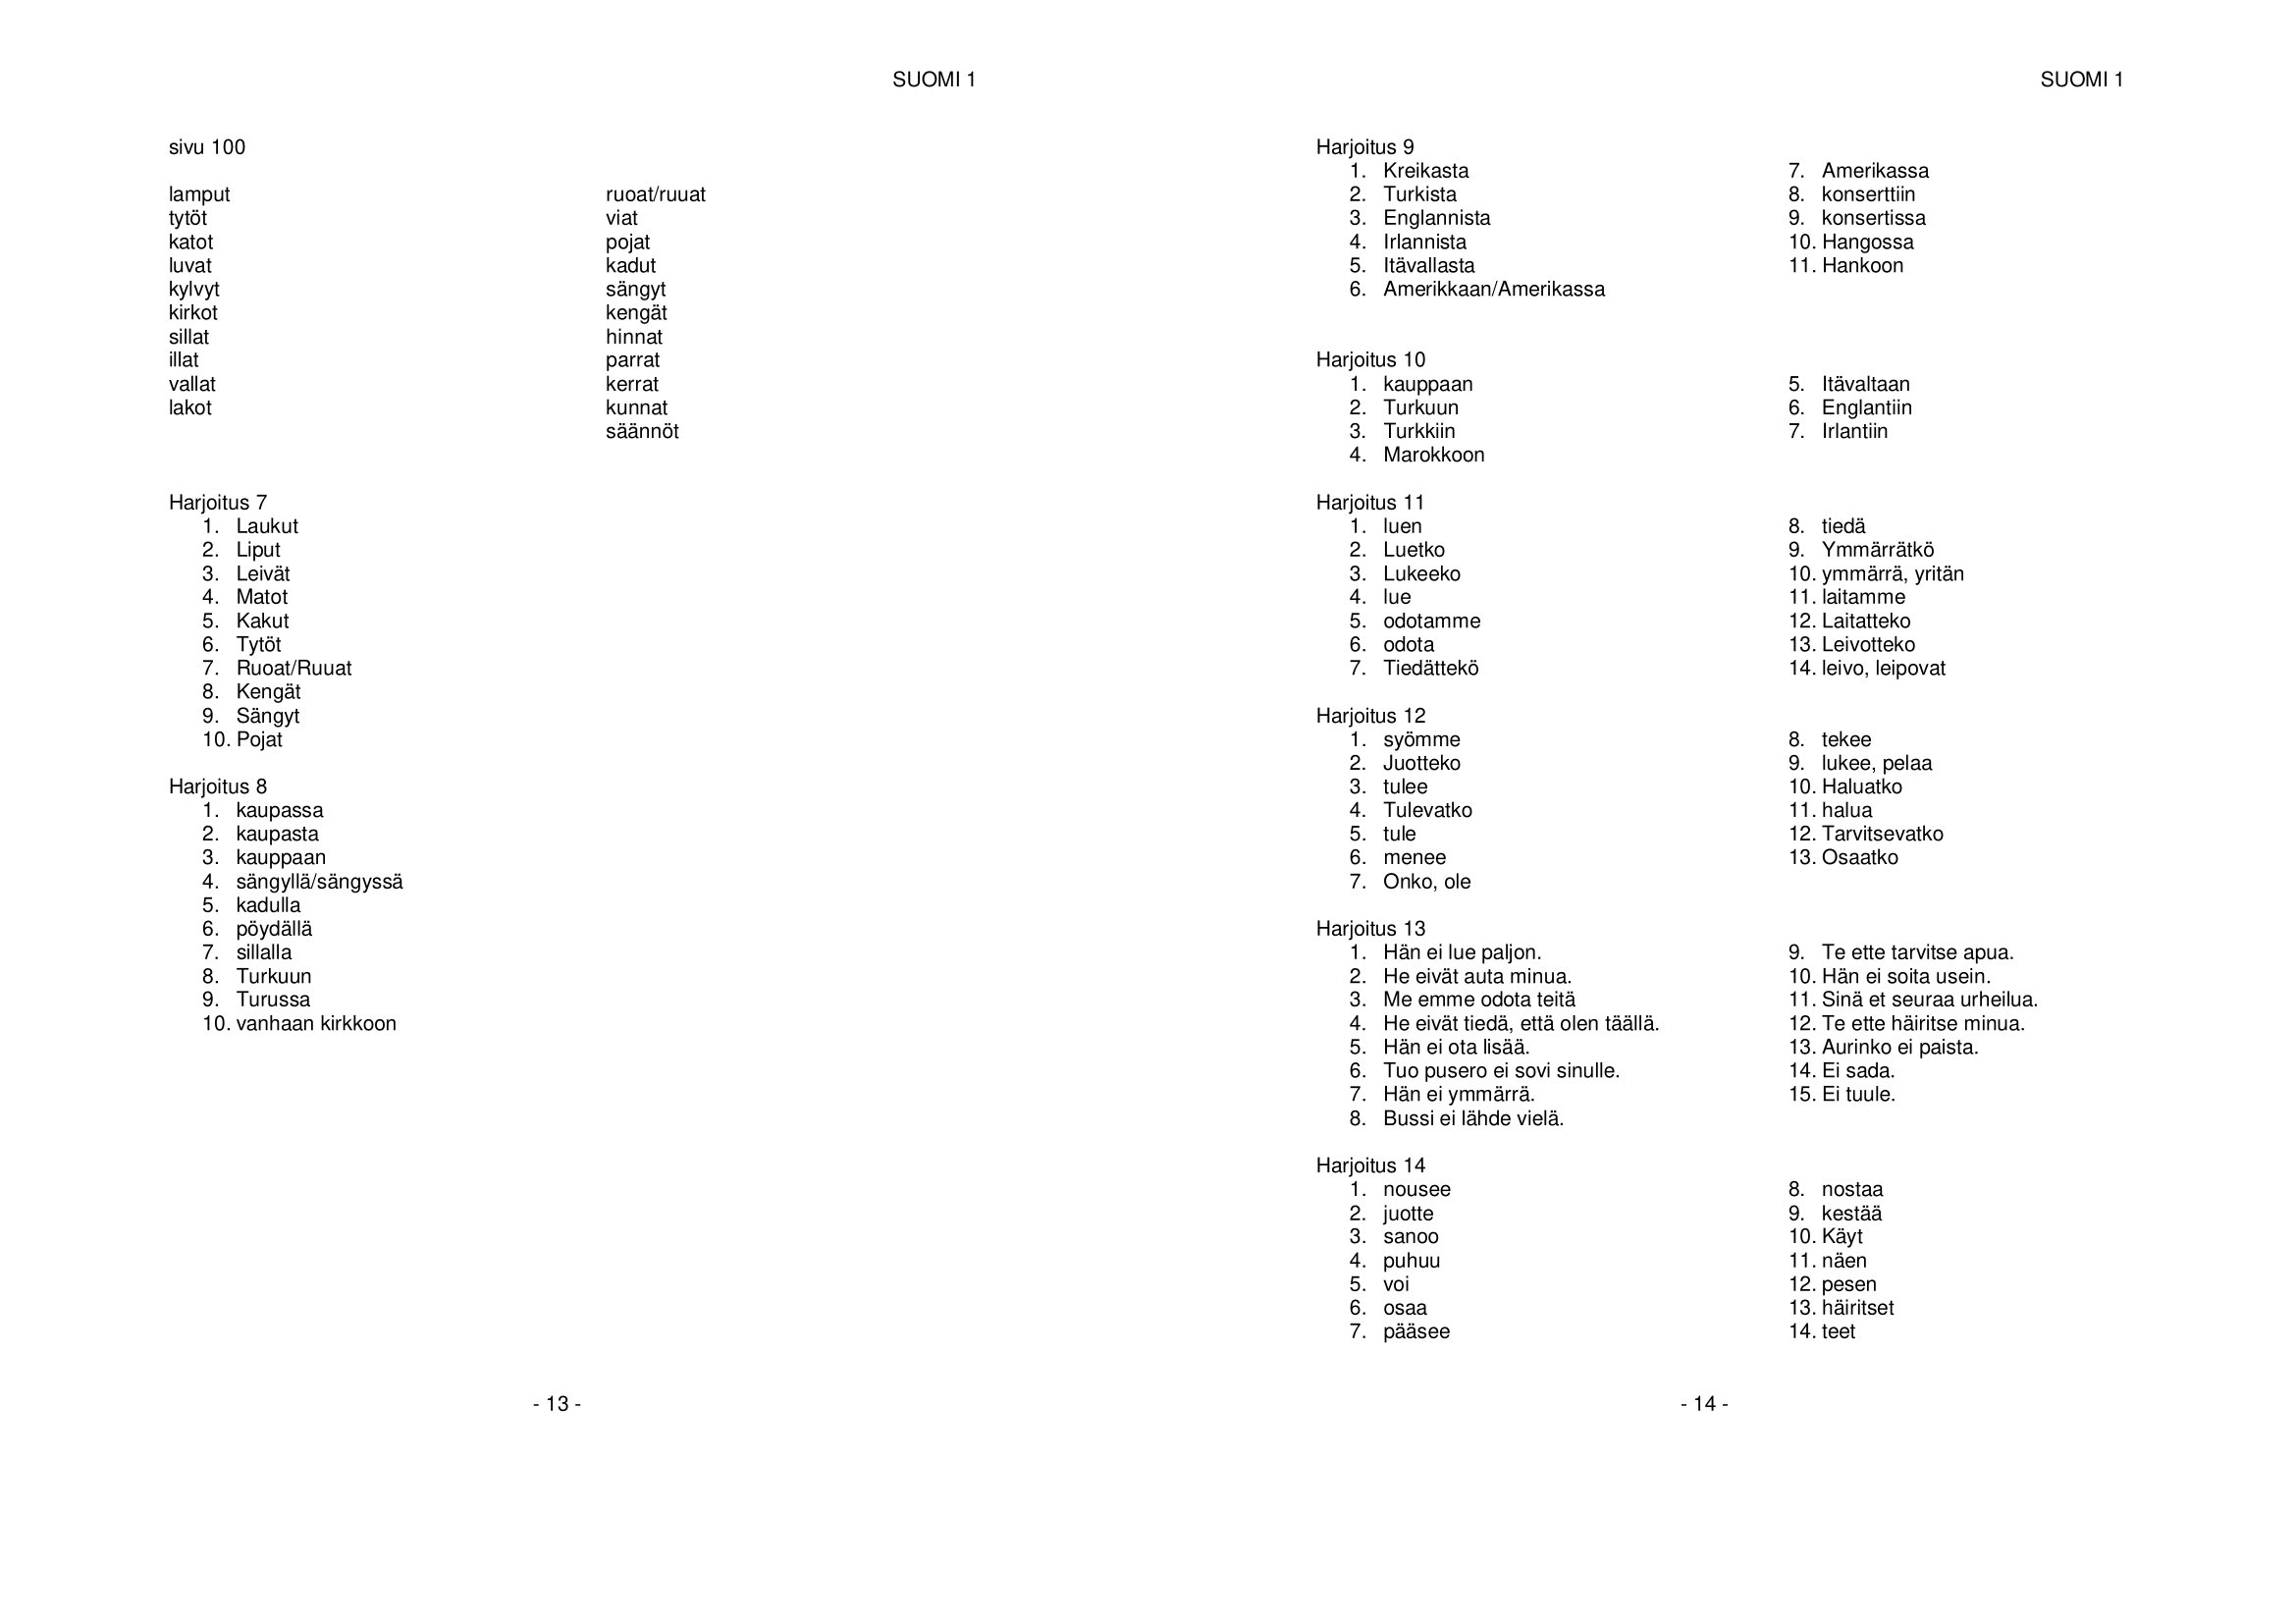
Language: fn